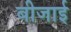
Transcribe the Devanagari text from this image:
बीजाई